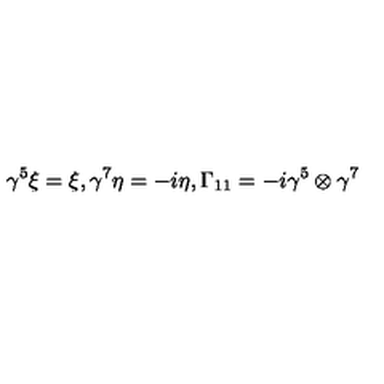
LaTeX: \gamma ^ { 5 } \xi = \xi , \gamma ^ { 7 } \eta = - i \eta , \Gamma _ { 1 1 } = - i \gamma ^ { 5 } \otimes \gamma ^ { 7 }